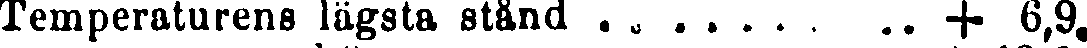
Temperaturens lägsta stånd . . . . . . . . . + 6,9.